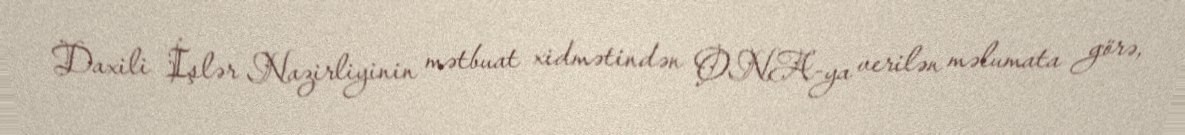
Daxili İşlər Nazirliyinin mətbuat xidmətindən ONA-ya verilən məlumata görə,